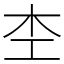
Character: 杢